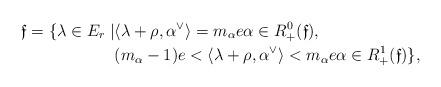
LaTeX: \begin{align*}\mathfrak{f}=\{\lambda \in E_r \mid &\langle \lambda + \rho, \alpha^\vee\rangle = m_\alpha e \alpha \in R^0_+(\mathfrak{f}), \\& (m_\alpha-1)e < \langle \lambda + \rho, \alpha^\vee\rangle < m_\alpha e \alpha \in R^1_+(\mathfrak{f}) \},\end{align*}